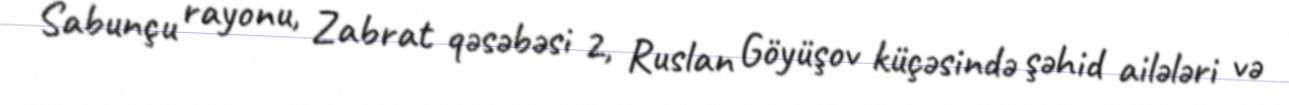
Sabunçu rayonu, Zabrat qəsəbəsi 2, Ruslan Göyüşov küçəsində şəhid ailələri və